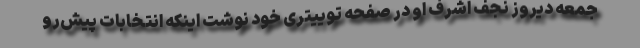
جمعه دیروز نجف اشرف او در صفحه توییتری خود نوشت اینکه انتخابات پیش‌رو